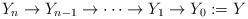
LaTeX: \begin{align*}Y_n \to Y_{n-1} \to \cdots \to Y_1 \to Y_0 := Y\end{align*}